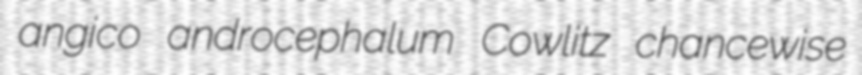
angico androcephalum Cowlitz chancewise